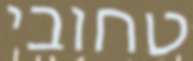
טחובי